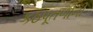
કઠપૂતળીની